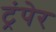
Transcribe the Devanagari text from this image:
ट्रंपेर